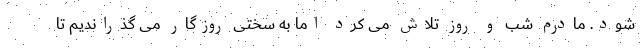
شود. مادرم شب و روز تلاش می کرد اما به سختی روزگار می گذراندیم تا